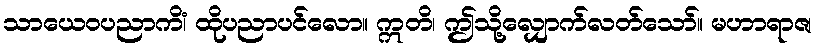
သာယေဝပညာကိံ၊ ထိုပညာပင်လော။ ဣတိ၊ ဤသို့လျှောက်လတ်သော်။ မဟာရာဇ၊